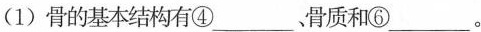
(1)骨的基本结构有④___、骨质和⑥___。